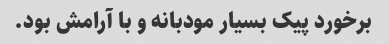
برخورد پیک بسیار مودبانه و با آرامش بود.